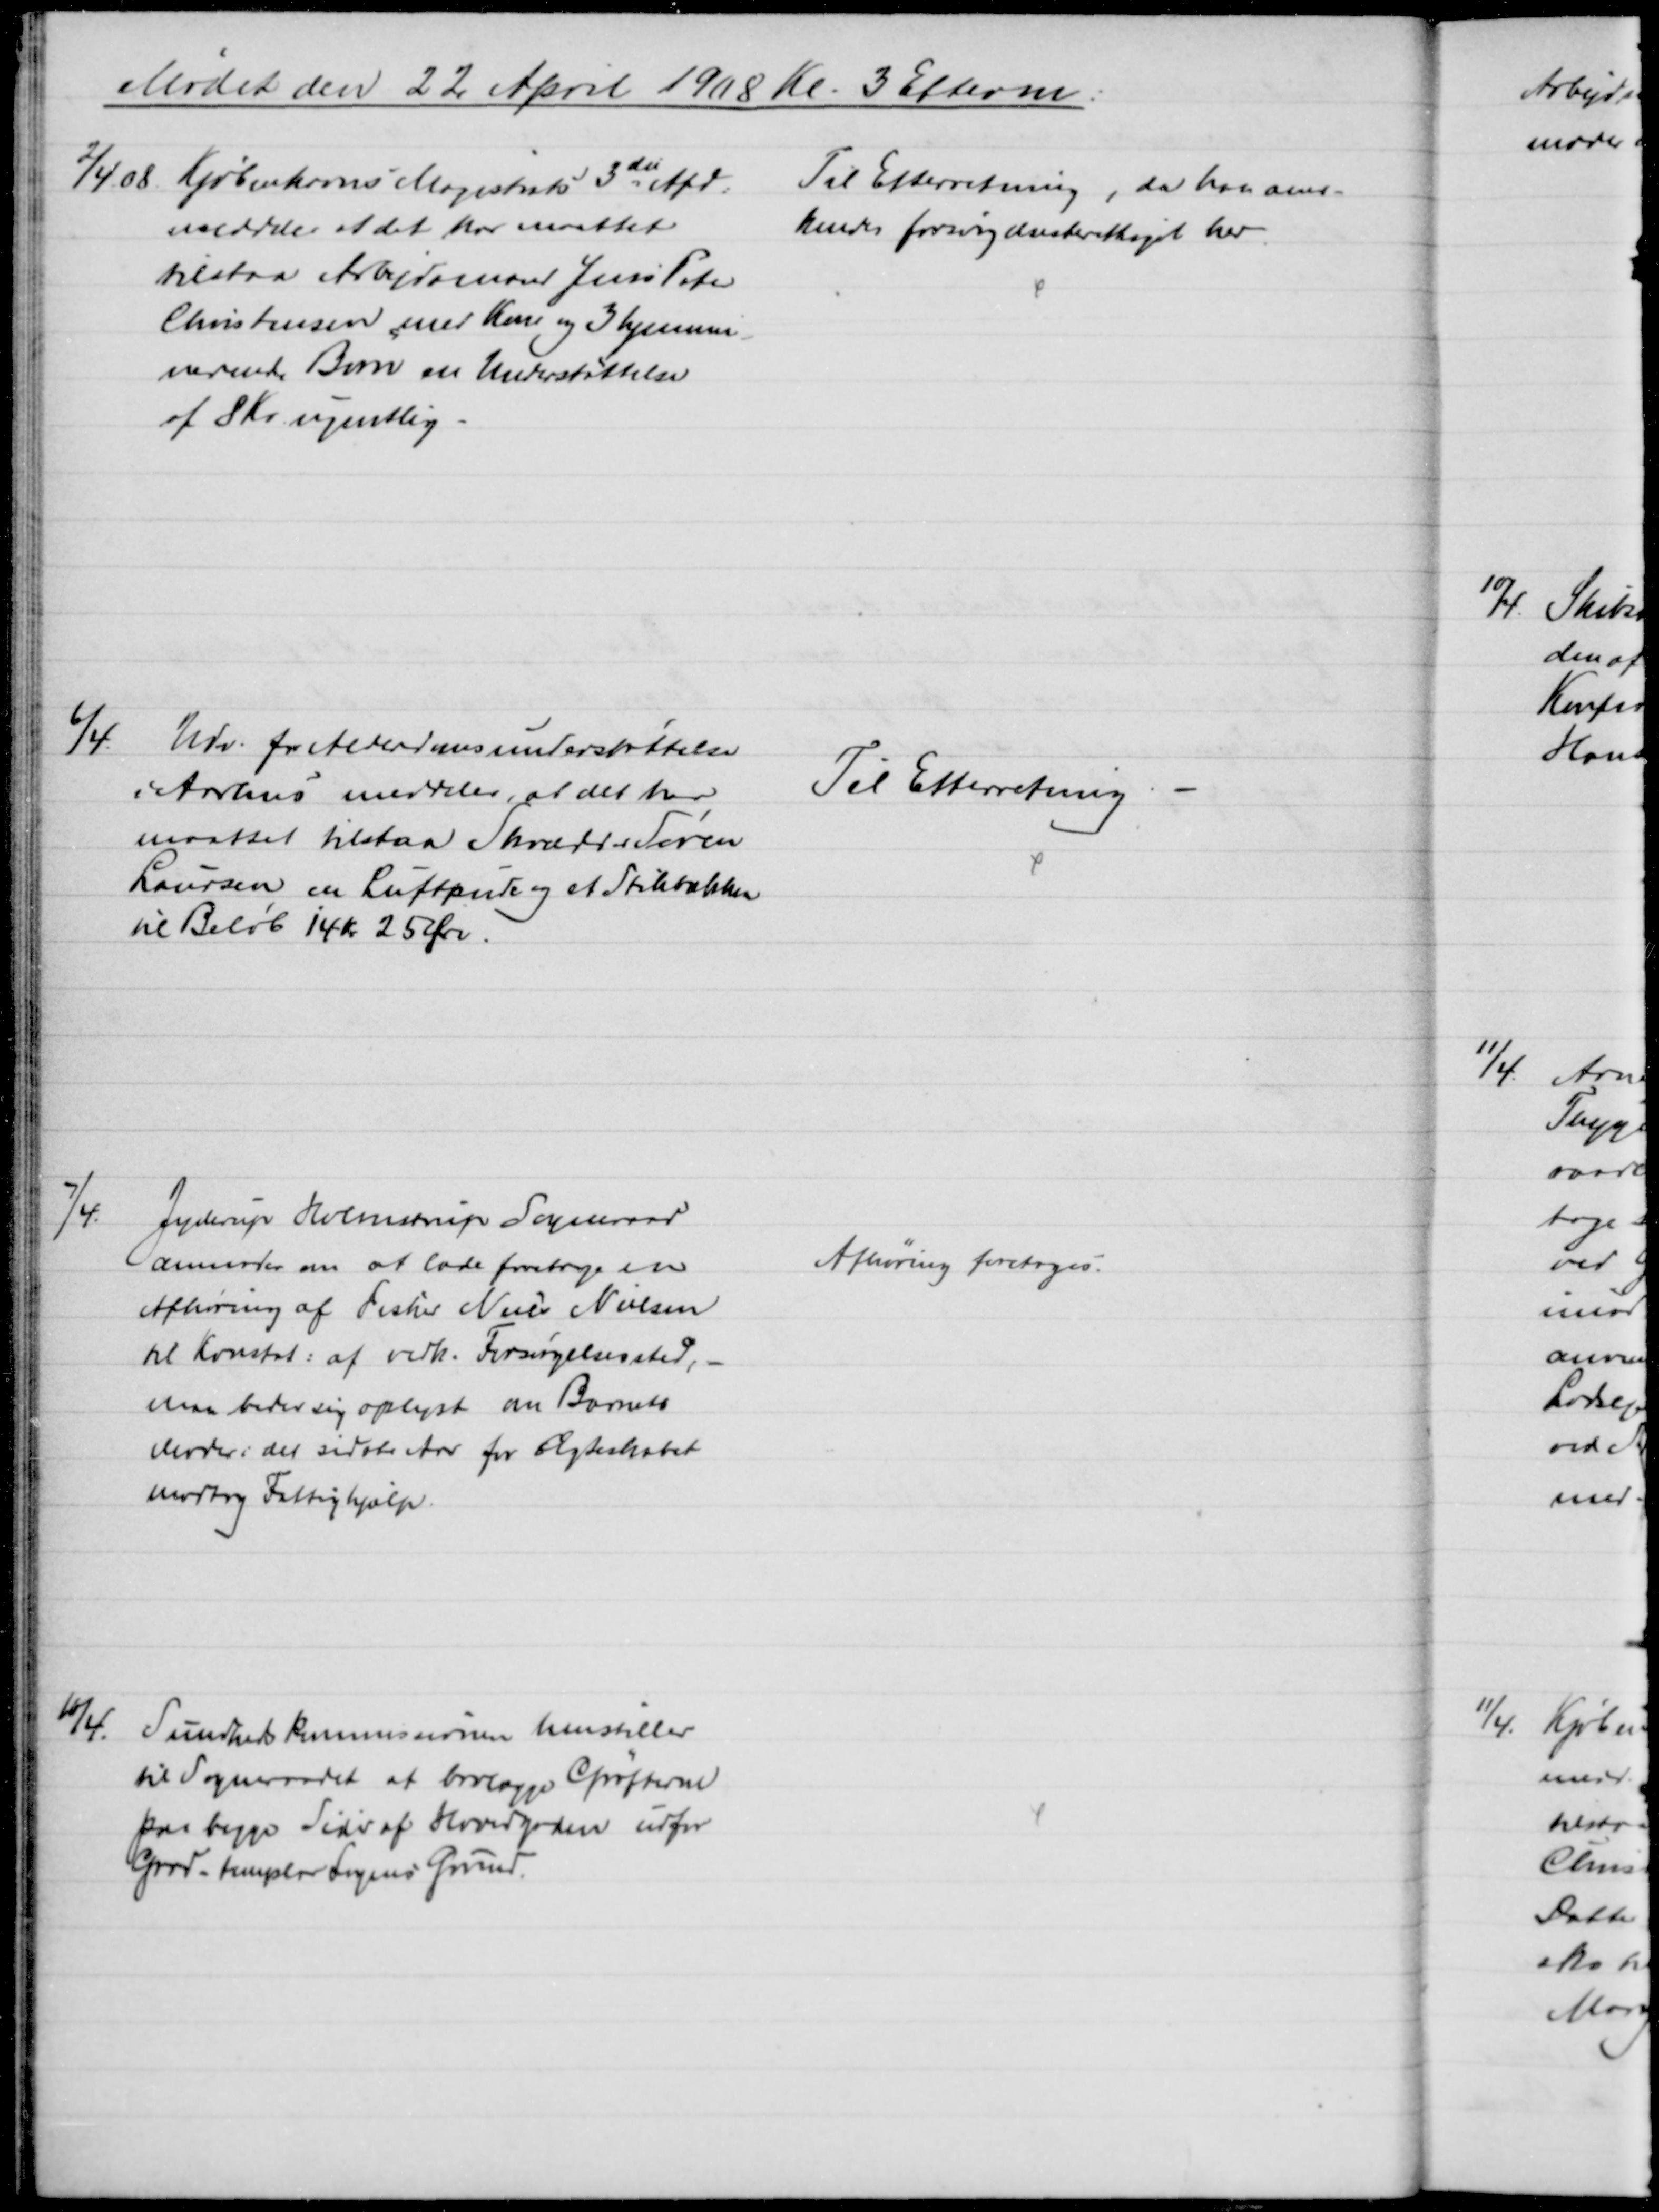
Transskription:
Mødet den 22 April 1908 Kl. 3 Efterm:
2/4 08 Kjøbenhavns Magistrats 3die Afd.
meddder at det har maattet
tilstaa Arbejdsmand Jens Peter
Christensen med Kone og 3 hjemme-
værende Børn en Understøttelse
af 8 Kr. ugentlig.
Til Efterretning, da han aner-
kendes forsørgelsesberettiget her.
6/4.
Udv. for Alderdomsunderstøttelse
i Aarhus meddeler, at det har
maattet tilstaa Skrædder Søren
Laursen en Luftpude og et Stikbækken
til Beløb 14 Kr 25 Øre
Til Efterretning
7/4.
Jyderup Holmstrup Sogneraad
anmoder om at lade foretage en
Afhøring af Fisker Niels Nielsen
til Konstat: af vedk. Forsørgelsessted,
man beder sig oplyst om Barnets 
Moder i det sidste Aar for Ægteskabet
modtog Fattighjælp.
Afhøring foretoges.
18/4. 
Sundhedskommissionen henstiller
til Sogneraadet at brolægge Grøfterne
paa begge Sider af Hovedgaden udfor
Good-Templar Logens Grund.